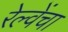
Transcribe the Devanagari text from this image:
रेल्वेंचा